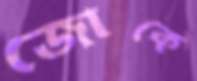
জোকে